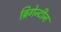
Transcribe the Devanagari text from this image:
ब्रिगेन्टीन